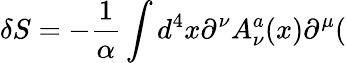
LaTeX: \delta S=-\frac 1\alpha\int d^{4}x\partial^{\nu}A_{\nu}^{a}(x)\partial^{\mu}(